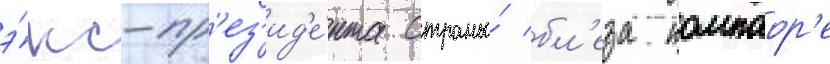
э́кс-пр'ез'ид'е́нта страны́ бл'еза компаор'е